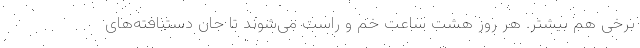
برخی هم بیشتر. هر روز هشت ساعت خم و راست می‌شوند تا جانِ دستبافته‌های